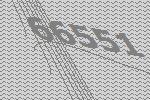
66551